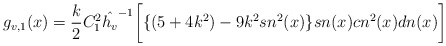
\begin{align*}g_{v,1}(x)=\frac{k}{2}C^2_1{\hat {h_v}}^{-1}\bigg[\{(5+4k^2)-9k^2sn^2(x)\}sn(x) cn^2(x) dn(x)\bigg]\end{align*}